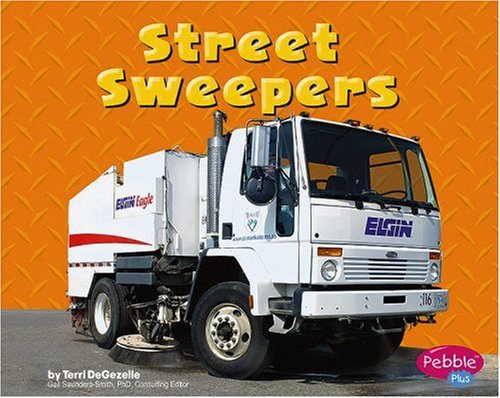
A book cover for Street Sweepers (Mighty Machines); Terri DeGezelle; Children's Books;